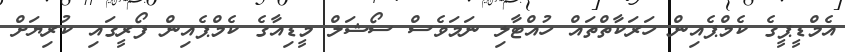
އެމްޑީޕީގެ ކެމްޕެއިން ހަރަކާތްތައް ހުއްޓާލި ނަމަވެސް ސޯޝަލް މީޑިއާގެ ކެމްޕެއިން ފޯރީގައި ކުރިޔަށް